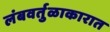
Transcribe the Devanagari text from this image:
लंबवर्तुळाकारात